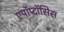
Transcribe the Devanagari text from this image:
एपॉप्टॉसिस